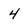
Character: 4